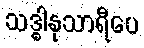
သဒ္ဓါနုသာရီပေ